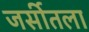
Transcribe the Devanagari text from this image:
जर्सीतला